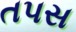
તપસ